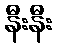
နီးနီး